Report on horse surra - Volume I
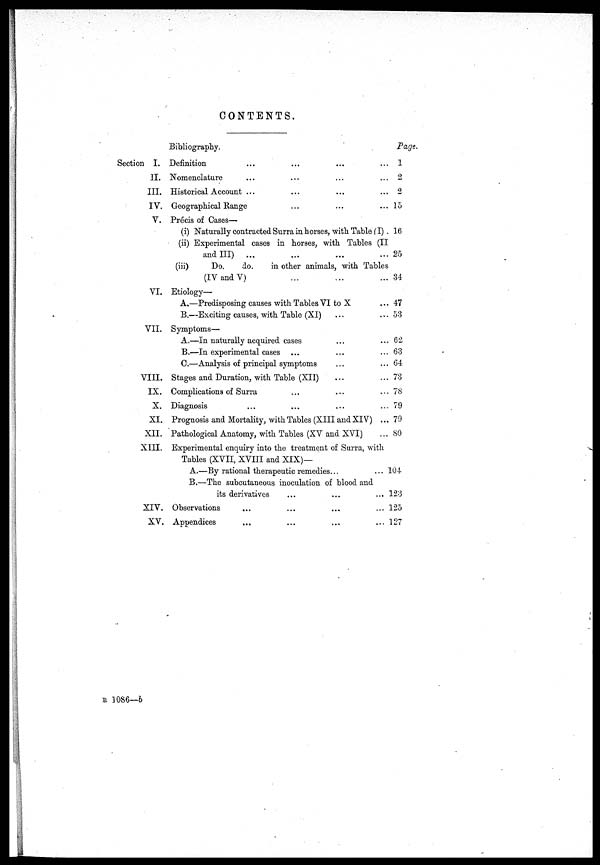
CONTENTS.
Section I.
II.
III.
IV.
V.
VI.
VII.
VIII.
IX.
X.
XI.
XII.
XIII.
XIV.
XV.
Bibliography.
Definition
Nomenclature
Historical Account ...
Geographical Range
Précis of Cases—
(i) Naturally contracted Surra in horses, with Table (I)
(ii) Experimental cases in horses, with Tables (II
and III)
(iii)
Do.
do.
in other animals, with Tables
(IV and V)
Etiology—
A.—Predisposing causes with Tables VI to X
B.—Exciting causes, with Table (XI)
Symptoms—
A.—In naturally acquired cases
B.—In experimental cases
C.—Analysis of principal symptoms
Stages and Duration, with Table (XII)
Complications of Surra
Diagnosis
Prognosis and Mortality, with Tables (XIII and XIV)
Pathological Anatomy, with Tables (XV and XVI)
Experimental enquiry into the treatment of Surra, with
Tables (XVII, XVIII and XIX)—
A.—By rational therapeutic remedies.
B.—The subcutaneous inoculation of blood and
its derivatives
Observations
Appendices
Page.
1
2
2
15
16
25
34
. 47
53
. 62
63
64
73
78
79
79
80
104
123
125
127
B 1086—b